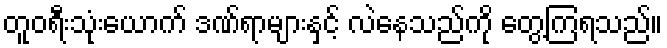
တူဝရီးသုံးယောက် ဒဏ်ရာများနှင့် လဲနေသည်ကို တွေ့ကြရသည်။